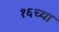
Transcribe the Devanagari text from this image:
१६च्या